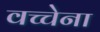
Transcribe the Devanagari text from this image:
वच्चेना